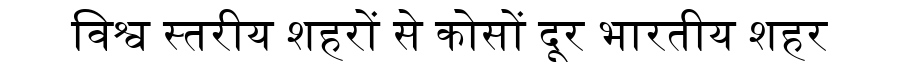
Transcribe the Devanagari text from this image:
विश्व स्तरीय शहरों से कोसों दूर भारतीय शहर